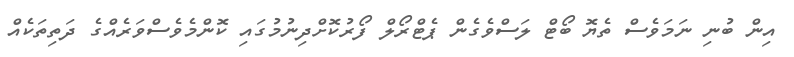
އިން ބުނި ނަމަވެސް ތެޔޮ ބޯޓް ލަސްވެގެން ޕެޓްރޯލް ފޯރުކޮށްދިނުމުގައި ކޮންމެވެސްވަރެއްގެ ދަތިތަކެއް